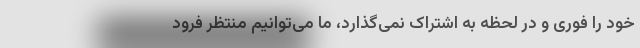
خود را فوری و در لحظه به اشتراک نمی‌گذارد، ما می‌توانیم منتظر فرود